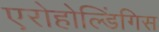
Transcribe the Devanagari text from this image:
एरोहोल्डिंगिस